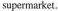
supermarket.